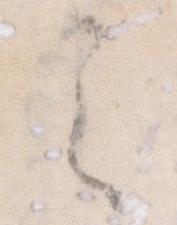
之